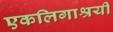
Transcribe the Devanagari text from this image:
एकलिगाश्रयी